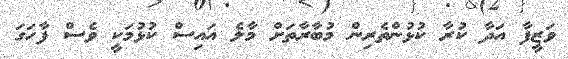
ވަޒީފާ އަދާ ކުރާ ކުޅުންތެރިން މުބާރާތަށް މާލެ އައިސް ކުޅުމަކީ ވެސް ފާހަގަ